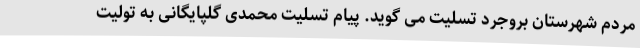
مردم شهرستان بروجرد تسلیت می گوید. پیام تسلیت محمدی گلپایگانی به تولیت